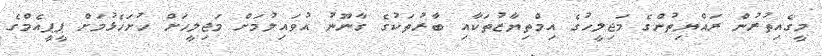
މީގެއިތުރުން ރައްޔިތުންގެ މަޖިލީހުގެ އިމްތިޔާޒުތަކާއި ބާރުތަކުގެ ގާނޫނު އުވައިލުމަށް މަޖިލީހަށް ހުށަހެޅުމަށް ޕީޕީއެމްގެ